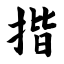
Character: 揩